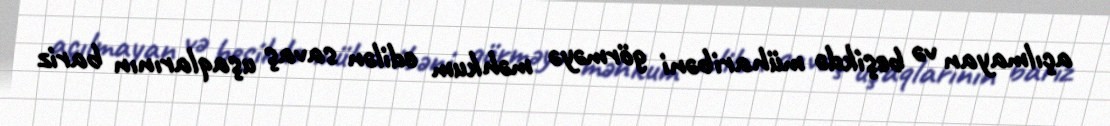
açılmayan və beşikdə müharibəni görməyə məhkum edilən savaş uşaqlarının bariz